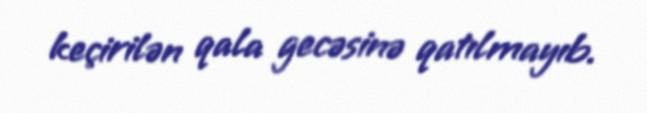
keçirilən qala gecəsinə qatılmayıb.